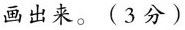
画出来。(3分)